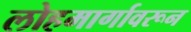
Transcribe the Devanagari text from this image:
लोहमार्गावरून